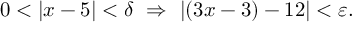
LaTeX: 0 < | x - 5 | < \delta \ \Rightarrow \ | ( 3 x - 3 ) - 1 2 | < \varepsilon .